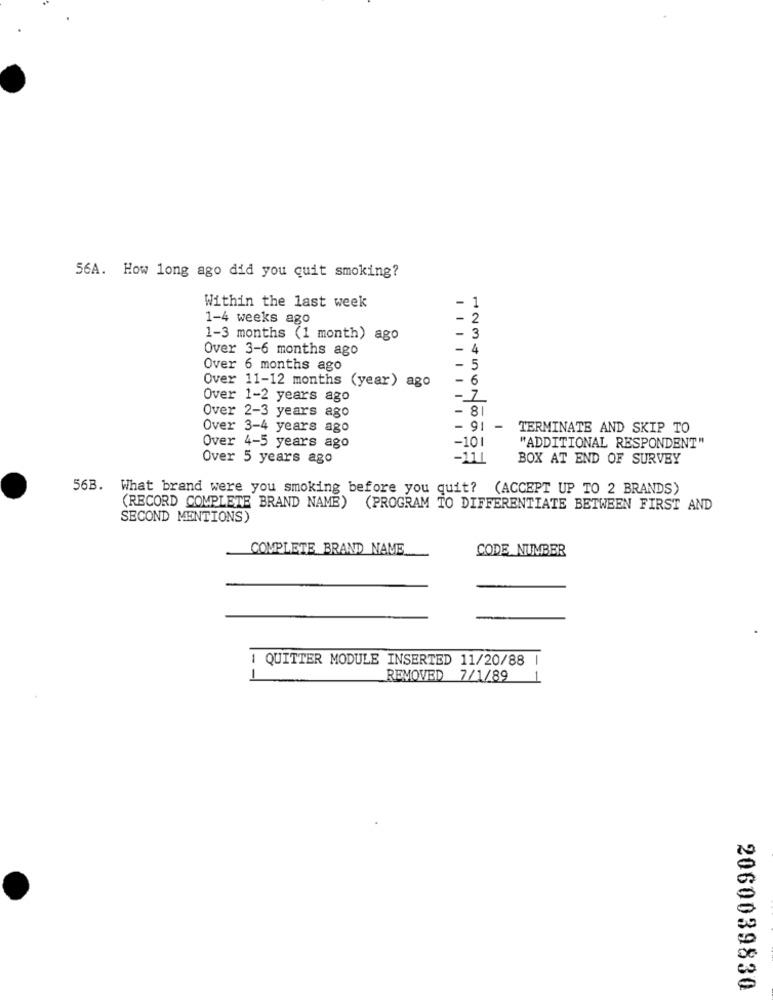
56A. How long ago did you quit smoking?
- 1
Within the last week
1-4 weeks ago
- 2
1-3 months (1 month) ago
- 3
Over 3-6 months ago
- 4
Over 6 months ago
- 5
Over 11-12 months (year) ago
- 6
Over 1-2 years ago
- 7
Over 2-3 years ago
- 8|
Over 3-4 years ago
- 9
-
TERMINATE AND SKIP TO
-101
Over 4-5 years ago
"ADDITIONAL RESPONDENT"
Over 5 years ago
-111
BOX AT END OF SURVEY
56B. What brand were you smoking before you quit? (ACCEPT UP TO 2 BRANDS)
(RECORD COMPLETE BRAND NAME)
(PROGRAM TO DIFFERENTIATE BETWEEN FIRST AND
SECOND MENTIONS)
COMPLETE BRAND NAME
CODE NUMBER
1 QUITTER MODULE INSERTED 11/20/88 |
REMOVED 7/1/89
2060039830